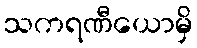
သကရဏီယောမှိ